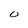
Character: 0